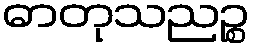
ဓာတုသညဉ္စ